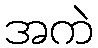
အကဲ